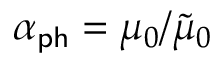
\alpha _ { \sf p h } = \mu _ { 0 } / \tilde { \mu } _ { 0 }